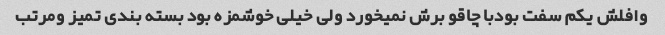
وافلش یکم سفت بودبا چاقو برش نمیخورد ولی خیلی خوشمزه بود بسته بندی تمیز و‌مرتب